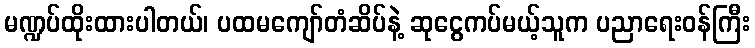
မဏ္ဍပ်ထိုးထားပါတယ်၊ ပထမကျော်တံဆိပ်နဲ့ ဆုငွေကပ်မယ့်သူက ပညာရေးဝန်ကြီး